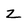
Character: z